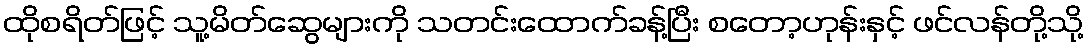
ထိုစရိတ်ဖြင့် သူ့မိတ်ဆွေများကို သတင်းထောက်ခန့်ပြီး စတော့ဟုန်းနှင့် ဖင်လန်တို့သို့